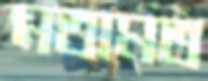
মতামত